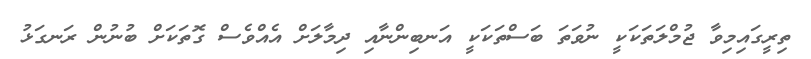
ތިރީގައިމިވާ ޖުމްލަތަކަކީ ނުވަތަ ބަސްތަކަކީ އަނބިންނާއި ދިމާލަށް އެއްވެސް ގޮތަކަށް ބުނުން ރަނގަޅު